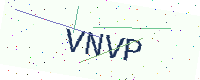
Text: VNVP